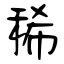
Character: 稀